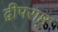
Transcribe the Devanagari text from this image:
द्वीपराष्ट्र